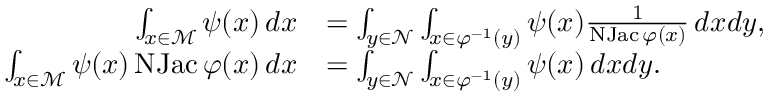
\begin{array} { r l } { \int _ { x \in \mathcal { M } } \psi ( x ) \, d x } & { = \int _ { y \in \mathcal { N } } \int _ { x \in \varphi ^ { - 1 } ( y ) } \psi ( x ) \frac { 1 } { \operatorname { N J a c } \varphi ( x ) } \, d x d y , } \\ { \int _ { x \in \mathcal { M } } \psi ( x ) \operatorname { N J a c } \varphi ( x ) \, d x } & { = \int _ { y \in \mathcal { N } } \int _ { x \in \varphi ^ { - 1 } ( y ) } \psi ( x ) \, d x d y . } \end{array}